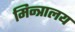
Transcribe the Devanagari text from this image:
मिन्त्रालय